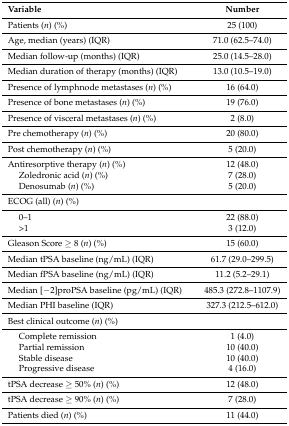
<table><thead><tr><td><b>Variable</b></td><td><b>Number</b></td></tr></thead><tbody><tr><td>Patients (<i>n</i>) (%)</td><td>25 (100)</td></tr><tr><td>Age, median (years) (IQR)</td><td>71.0 (62.5–74.0)</td></tr><tr><td>Median follow-up (months) (IQR)</td><td>25.0 (14.5–28.0)</td></tr><tr><td>Median duration of therapy (months) (IQR)</td><td>13.0 (10.5–19.0)</td></tr><tr><td>Presence of lymphnode metastases (<i>n</i>) (%)</td><td>16 (64.0)</td></tr><tr><td>Presence of bone metastases (<i>n</i>) (%)</td><td>19 (76.0)</td></tr><tr><td>Presence of visceral metastases (<i>n</i>) (%)</td><td>2 (8.0)</td></tr><tr><td>Pre chemotherapy (<i>n</i>) (%)</td><td>20 (80.0)</td></tr><tr><td>Post chemotherapy (<i>n</i>) (%)</td><td>5 (20.0)</td></tr><tr><td>Antiresorptive therapy (<i>n</i>) (%)</td><td>12 (48.0)</td></tr><tr><td>Zoledronic acid (<i>n</i>) (%)</td><td>7 (28.0)</td></tr><tr><td>Denosumab (<i>n</i>) (%)</td><td>5 (20.0)</td></tr><tr><td>ECOG (all) (<i>n</i>) (%)</td><td></td></tr><tr><td>0–1</td><td>22 (88.0)</td></tr><tr><td>&gt;1</td><td>3 (12.0)</td></tr><tr><td>Gleason Score ≥ 8 (<i>n</i>) (%)</td><td>15 (60.0)</td></tr><tr><td>Median tPSA baseline (ng/mL) (IQR)</td><td>61.7 (29.0–299.5)</td></tr><tr><td>Median fPSA baseline (ng/mL) (IQR)</td><td>11.2 (5.2–29.1)</td></tr><tr><td>Median [−2]proPSA baseline (pg/mL) (IQR)</td><td>485.3 (272.8–1107.9)</td></tr><tr><td>Median PHI baseline (IQR)</td><td>327.3 (212.5–612.0)</td></tr><tr><td>Best clinical outcome (<i>n</i>) (%)</td><td></td></tr><tr><td>Complete remission</td><td>1 (4.0)</td></tr><tr><td>Partial remission</td><td>10 (40.0)</td></tr><tr><td>Stable disease</td><td>10 (40.0)</td></tr><tr><td>Progressive disease</td><td>4 (16.0)</td></tr><tr><td>tPSA decrease ≥ 50% (<i>n</i>) (%)</td><td>12 (48.0)</td></tr><tr><td>tPSA decrease ≥ 90% (<i>n</i>) (%)</td><td>7 (28.0)</td></tr><tr><td>Patients died (<i>n</i>) (%)</td><td>11 (44.0)</td></tr></tbody></table>